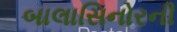
બાલાસિનોરની